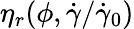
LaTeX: \eta_{r}(\phi,\dot{\gamma}/\dot{\gamma}_{0})